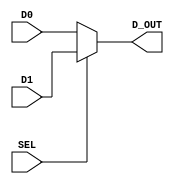
module mux_2t1_nb  #(parameter n=5) (
       input wire SEL,
       input wire [n-1:0] D0, 
       input wire [n-1:0] D1, 
       output reg [n-1:0] D_OUT ) ;  

        
       always @ (*)
       begin 
          if      (SEL == 1'b0)  D_OUT = D0;
          else if (SEL == 1'b1)  D_OUT = D1; 
          else                   D_OUT = 0; 
       end
                
endmodule